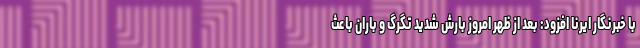
با خبرنگار ایرنا افزود: بعد از ظهر امروز بارش شدید تگرگ و باران باعث